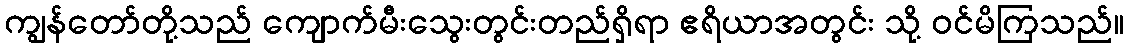
ကျွန်တော်တို့သည် ကျောက်မီးသွေးတွင်းတည်ရှိရာ ဧရိယာအတွင်း သို့ ဝင်မိကြသည်။